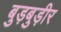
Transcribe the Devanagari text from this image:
बुड़बुड़ीर